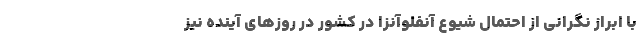
با ابراز نگرانی از احتمال شیوع آنفلوآنزا در کشور در روزهای آینده نیز